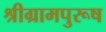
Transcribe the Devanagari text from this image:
श्रीग्रामपुरूष